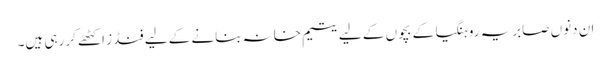
ان دنوں صابریہ روہنگیا کے بچوں کے لیے یتیم خانہ بنانے کے لیے فنڈز اکٹھے کر رہی ہیں۔